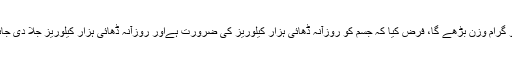
ساڑھے تین ہزار کیلوریز کھا نے سے چار سو گرام وزن بڑھے گا، فرض کیا کہ جسم کو روزآنہ ڈھائی ہزار کیلوریز کی ضرورت ہےاور روزآنہ ڈھائی ہزار کیلوریز جلا دی جائیں تو ساری زندگی وزن جوں کا توں رہے گا۔